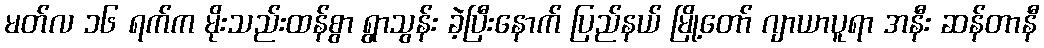
မတ်လ ၁၆ ရက်က မိုးသည်းထန်စွာ ရွာသွန်း ခဲ့ပြီးနောက် ပြည်နယ် မြို့တော် ဂျာယာပူရာ အနီး ဆန်တာနီ